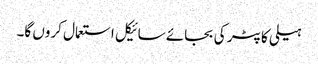
ہیلی کاپٹر کی بجائے سائیکل استعمال کروں گا۔